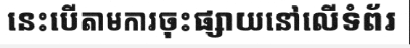
នេះបើតាមការចុះផ្សាយនៅលើទំព័រ